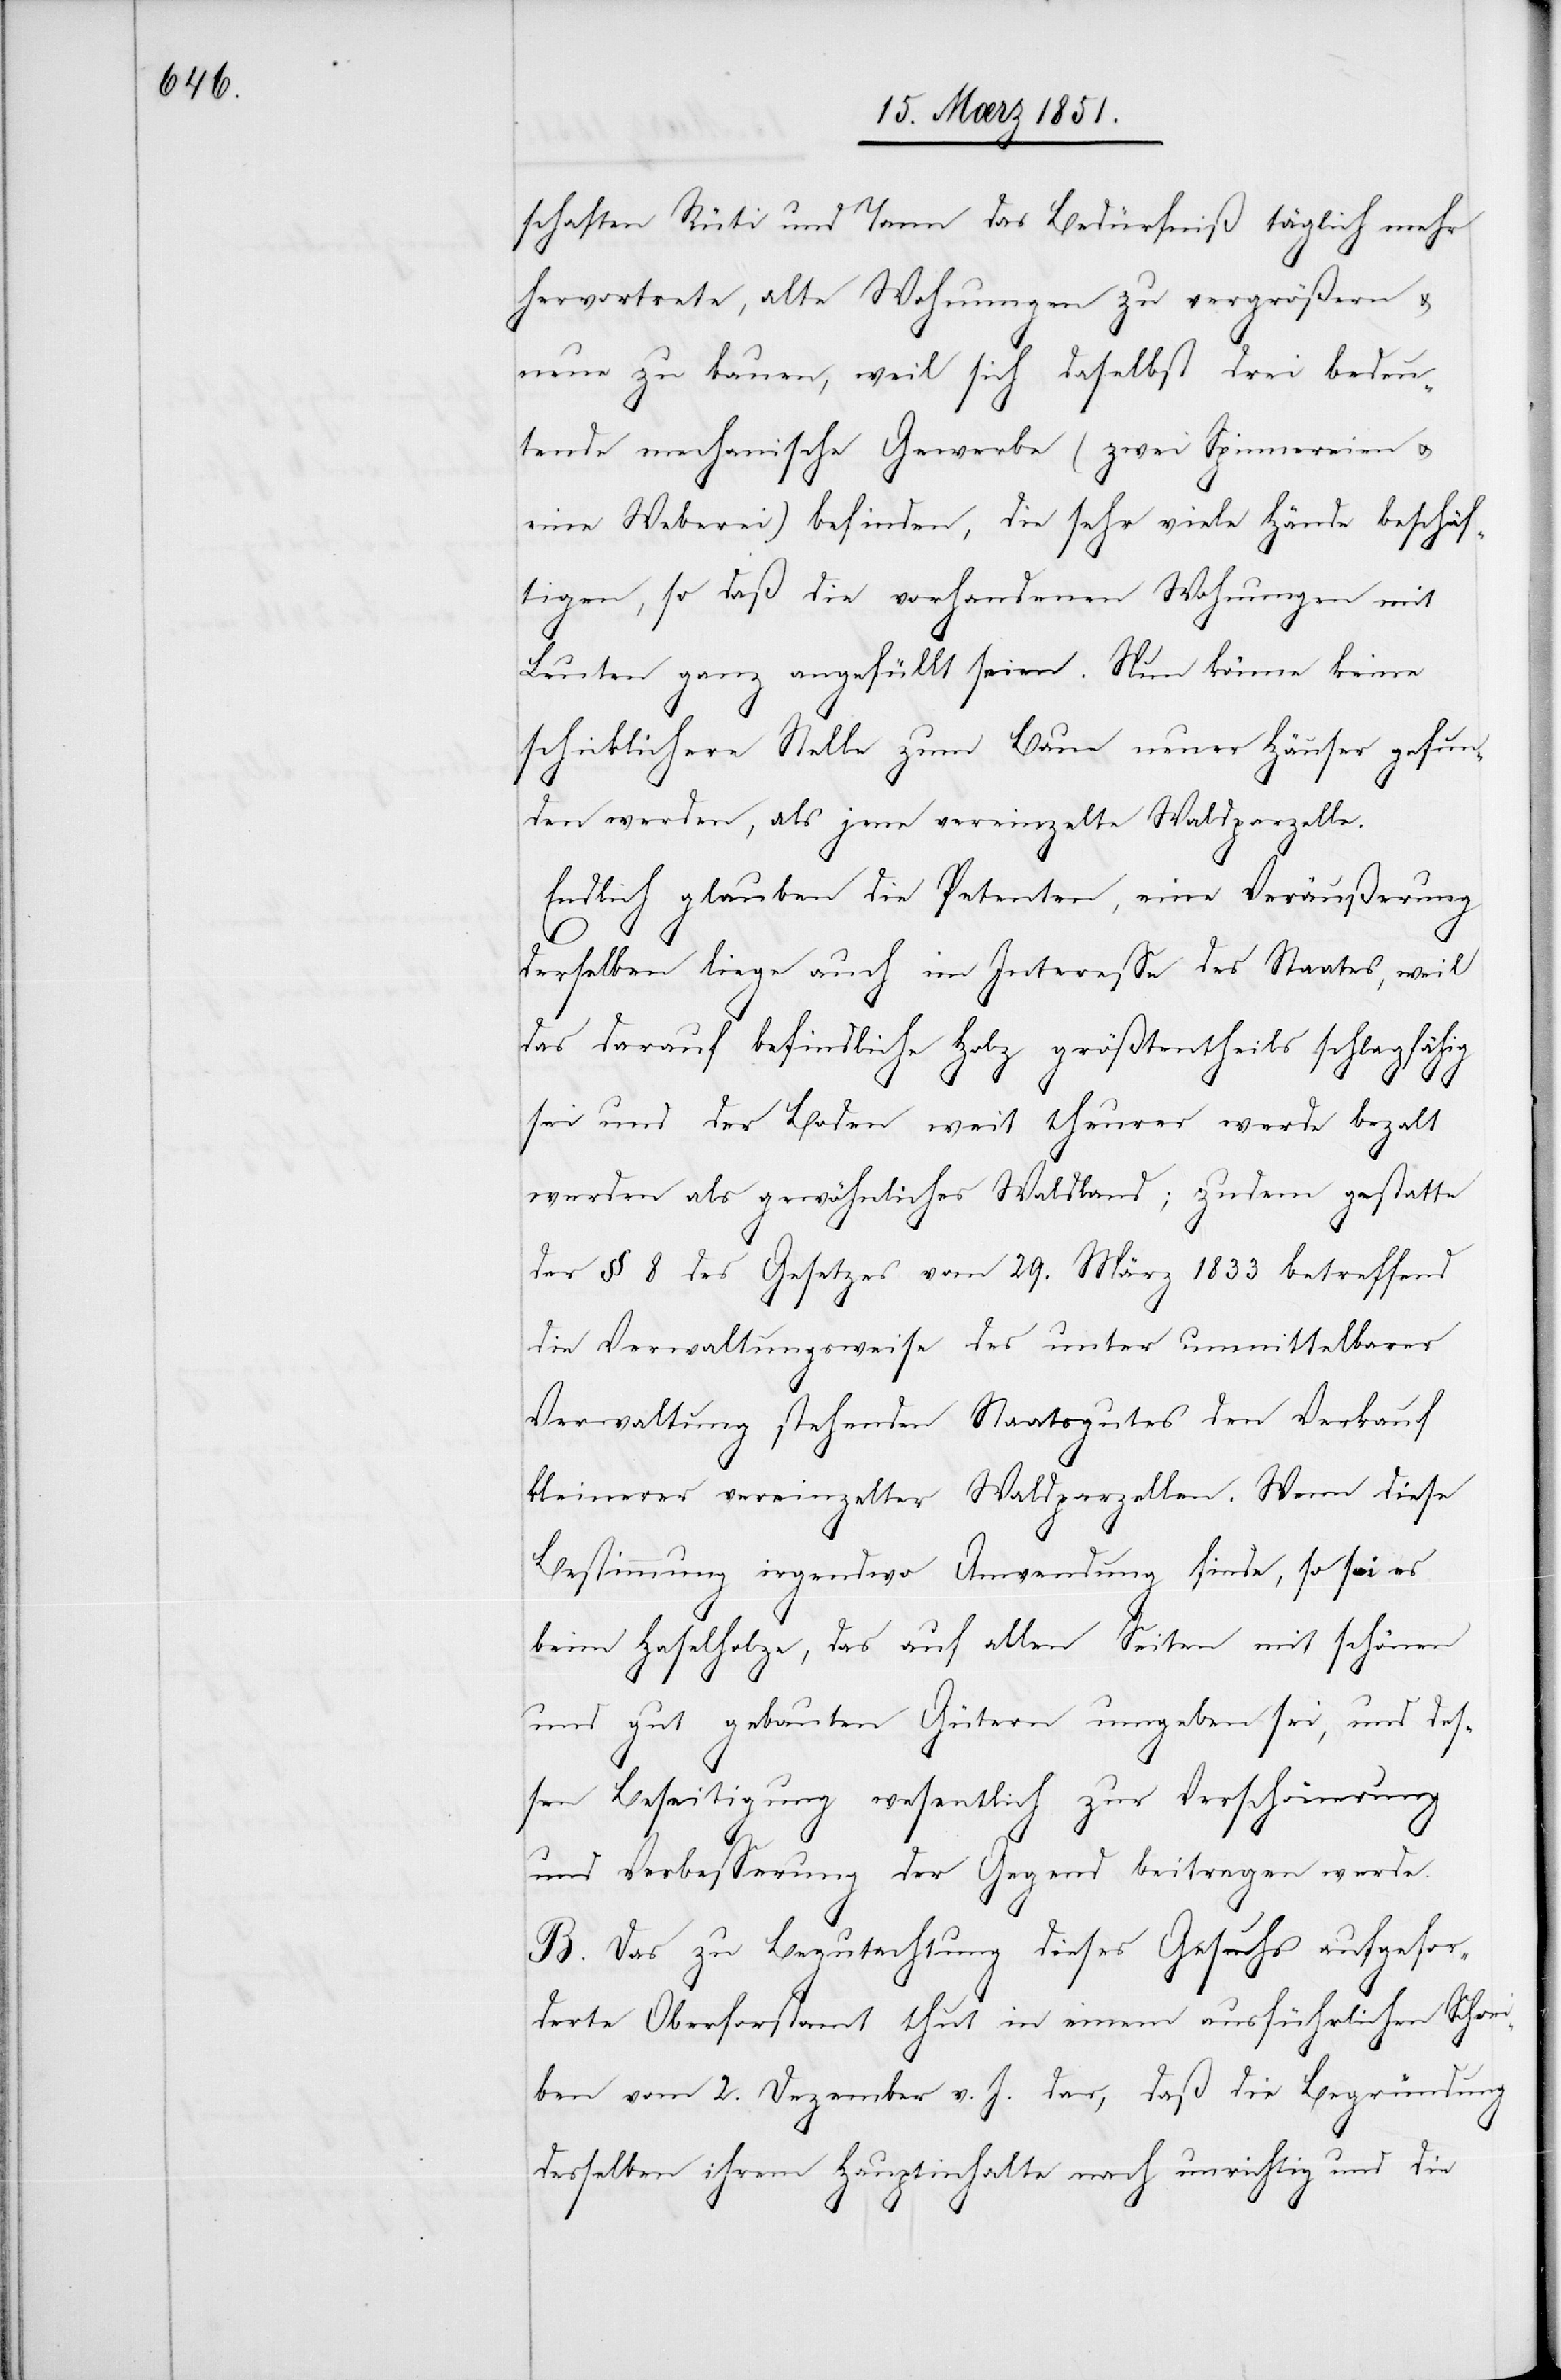
schaften Rüti und Tann das Bedürfniß täglich mehr
hervortrete, alte Wohnungen zu vergrößern &
neue zu bauen, weil sich daselbst drei bedeu¬
tende mechanische Gewerbe (zwei Spinnereien u.
eine Weberei) befinden, die sehr viele Hände beschäf¬
tigen, so daß die vorhandenen Wohnungen mit
Leuten ganz angefüllt seien. Nun könne keine
schicklichere Stelle zum Bau neuer Häuser gefun¬
den werden, als jene vereinzelte Waldparzelle.
Endlich glauben die Petenten, eine Veräußerung
derselben liege auch im Interesse des Staates, weil
das darauf befindliche Holz größtentheils schlagfähig
sei und der Boden weit theurer werde beza[h]lt
werden als gewöhnliches Waldland; zudem gestatte
der § 8 des Gesetzes vom 29. März 1833 betreffend
die Verwaltungsweise des unter unmittelbarer
Verwaltung stehenden Staatsgutes den Verkauf
kleinerer vereinzelter Waldparzellen. Wenn diese
Bestimmung irgendwo Anwendung finde, so sei es
beim Haselholze, das auf allen Seiten mit schönen
und gut gebauten Gütern umgeben sei, und des¬
sen Beseitigung wesentlich zur Verschönerung
und Verbesserung der Gegend beitragen werde.
B. Das zu Begutachtung dieses Gesuchs aufgefor¬
derte Oberforstamt thut in einem ausführlichen Schrei¬
ben vom 2. Dezember v. J. dar, daß die Begründung
desselben ihrem Hauptinhalte nach unrichtig und die